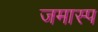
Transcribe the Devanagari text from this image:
जमास्प